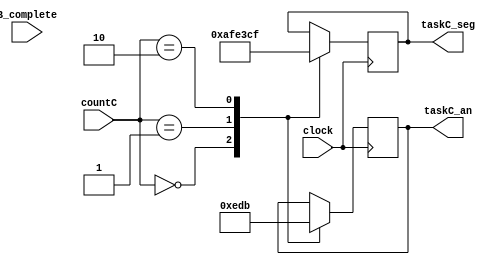
`timescale 1ns / 1ps
//////////////////////////////////////////////////////////////////////////////////
// Company: 
// Engineer: 
// 
// Design Name: 
// Module Name: taskC_anodeswitcher
// Project Name: 
// Target Devices: 
// Tool Versions: 
// Description: 
// 
// Dependencies: 
// 
// Revision:
// Revision 0.01 - File Created
// Additional Comments:
// 
//////////////////////////////////////////////////////////////////////////////////


module taskC_anodeswitcher(input B_complete, clock, input [1:0] countC, 
                           output reg [7:0] taskC_seg, output reg [3:0] taskC_an);
    always @ (posedge clock) 
    begin
        case(countC) 
        2'b00: begin
            taskC_an <= 4'b1110;
            taskC_seg <= 8'b10101111; 
        end
        
        2'b01: begin
            taskC_an <= 4'b1101;
            taskC_seg <= 8'b11100011; 
        end
        
        2'b10: begin
            taskC_an <= 4'b1011;
            taskC_seg <= 8'b11001111; 
        end
        
        endcase
    
    end
endmodule